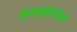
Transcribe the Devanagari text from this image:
मनाखेरीज